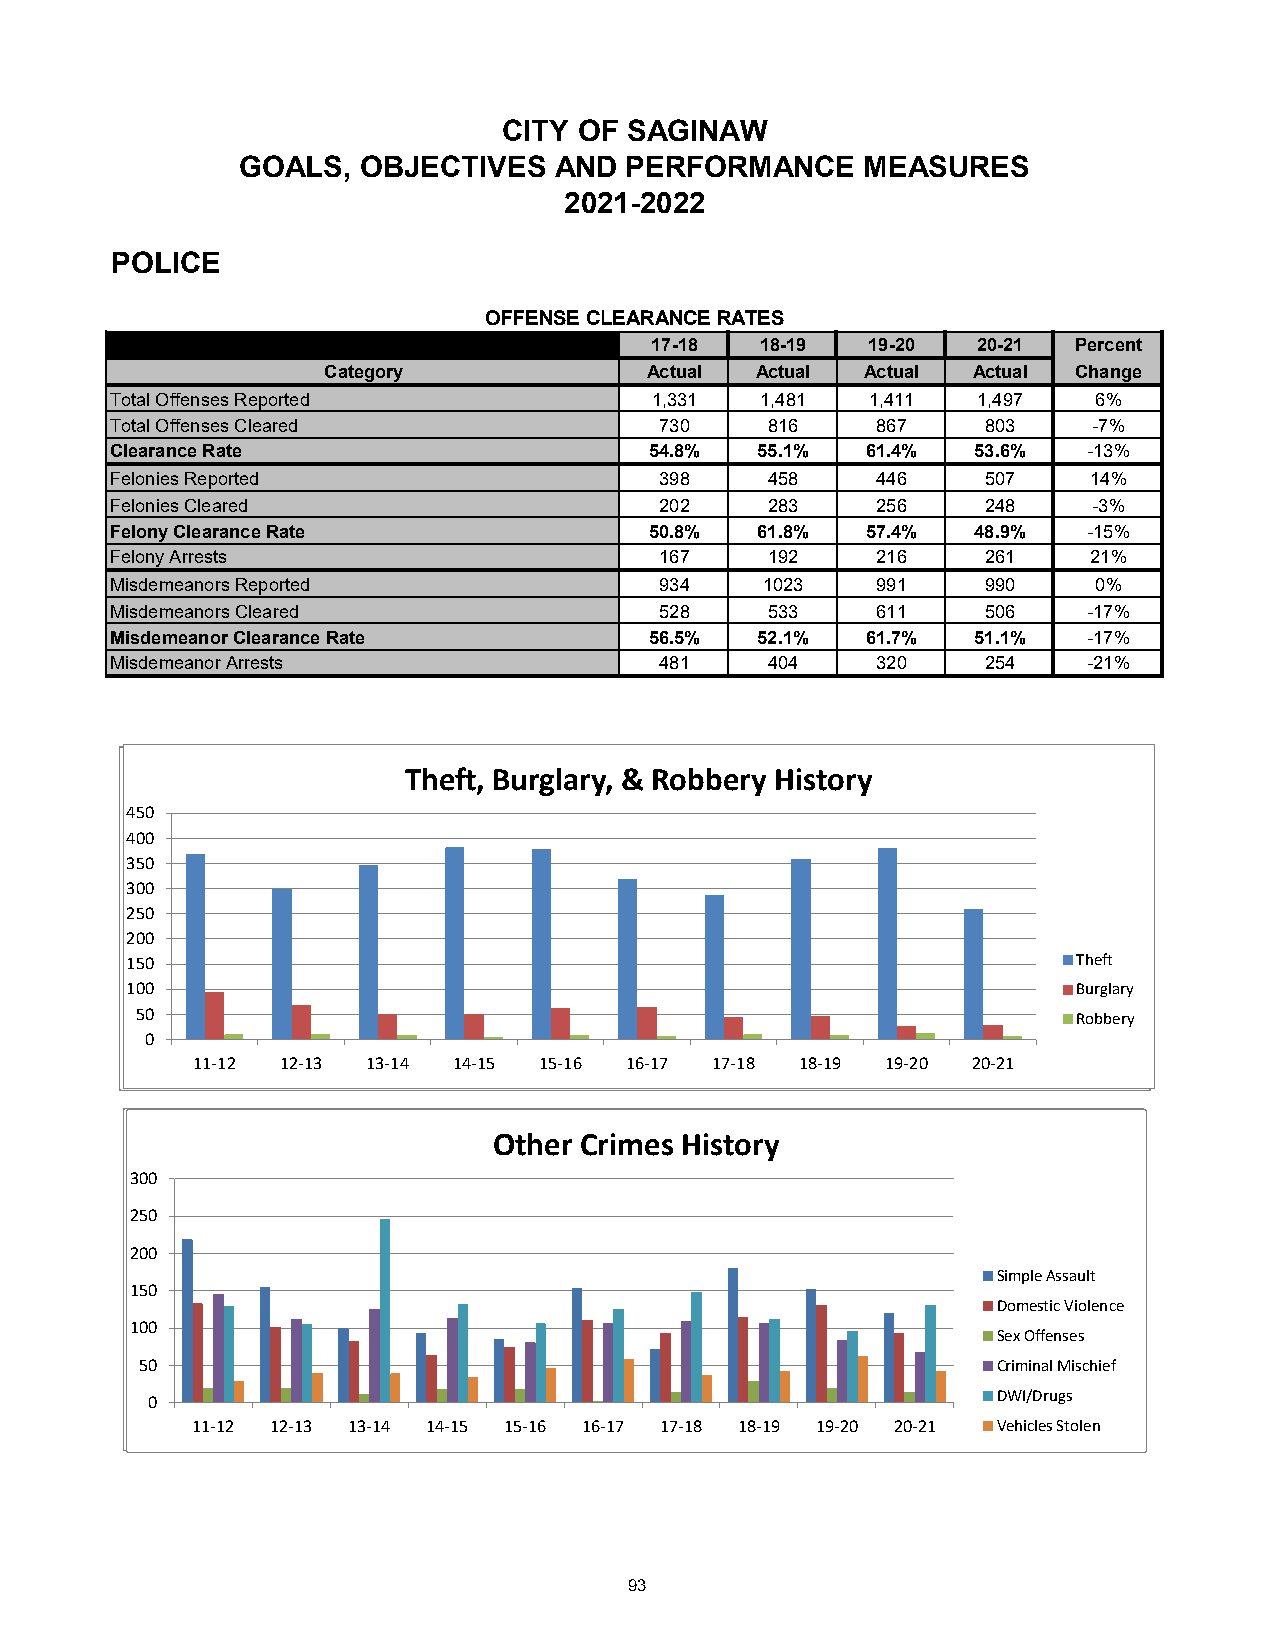
CITY OF SAGINAW
 GOALS,  OBJECTIVES   AND PERFORMANCE     MEASURES
 2021-2022
 POLICE
 OFFENSE CLEARANCE RATES
 17-18  18-19  19-20   20-21 Percent
 Category              Actual Actual Actual Actual Change
 Total Offenses Reported             1,331  1,481   1,411  1,497   6%
 Total Offenses Cleared               730    816    867    803    -7%
 Clearance Rate                      54.8%  55.1%  61.4%  53.6%   -13%
 Felonies Reported                    398    458    446    507    14%
 Felonies Cleared                     202    283    256    248    -3%
 Felony Clearance Rate               50.8%  61.8%  57.4%  48.9%   -15%
 Felony Arrests                       167    192    216    261    21%
 Misdemeanors Reported                934   1023    991    990     0%
 Misdemeanors Cleared                 528    533    611    506    -17%
 Misdemeanor Clearance Rate          56.5%  52.1%  61.7%  51.1%   -17%
 Misdemeanor Arrests                  481    404    320    254    -21%
 TThheefftt,, BBuurrggllaarryy,, && RRoobbbbeerryy HHiissttoorryy
 450
 1.2
 400
 3501
 300
 0.8
 250
 200.06
 150                                                            Theft
 0.4
 100                                                            Burglary
 0.2
 50                                                            Robbery
 00
 111-102 12-1113 13-194 14-155 15-169 16-17 8 17-18 10 18-19 9 19-20 1320-21 7
 OOtthheerr CCrriimmeess HHiissttoorryy
 300
 300
 225500
 220000
 Criminal Mischief
 Simple Assault
 115500                                                        DWI/Drugs
 Domestic VioVehlieclesn Stocleen
 110000
 Sex Offenses
 5500                                                     Criminal Mischief
 00                                                      DWI/Drugs
 11-1192 12-1139 13-1411 14-15 18 15-16 1816-17 317-18 1158-19 1299-20 201-291 1V5ehicles Stolen
 93